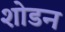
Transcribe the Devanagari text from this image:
शोडन